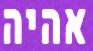
אהיה